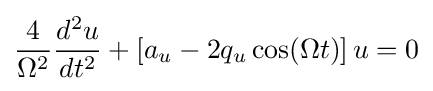
{\frac {4}{\Omega ^{2}}}{\frac {d^{2}u}{dt^{2}}}+\left[a_{u}-2q_{u}\cos(\Omega t)\right]u=0